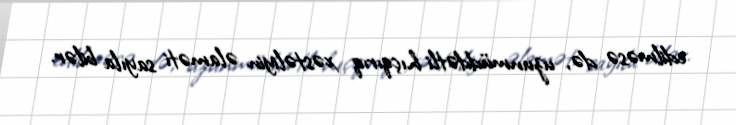
edilməsə də, uzunmüddətli hıçqırıq xəstəliyin əlaməti sayıla bilər.